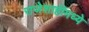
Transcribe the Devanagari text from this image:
राजेशाहीमध्ये